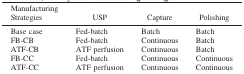
| Manufacturing Strategies | USP | Capture | Polishing |
 | --- | --- | --- | --- |
 | Base case | Fed‐batch | Batch | Batch |
 | FB‐CB | Fed‐batch | Continuous | Batch |
 | ATF‐CB | ATF perfusion | Continuous | Batch |
 | FB‐CC | Fed‐batch | Continuous | Continuous |
 | ATF‐CC | ATF perfusion | Continuous | Continuous |